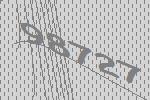
98727